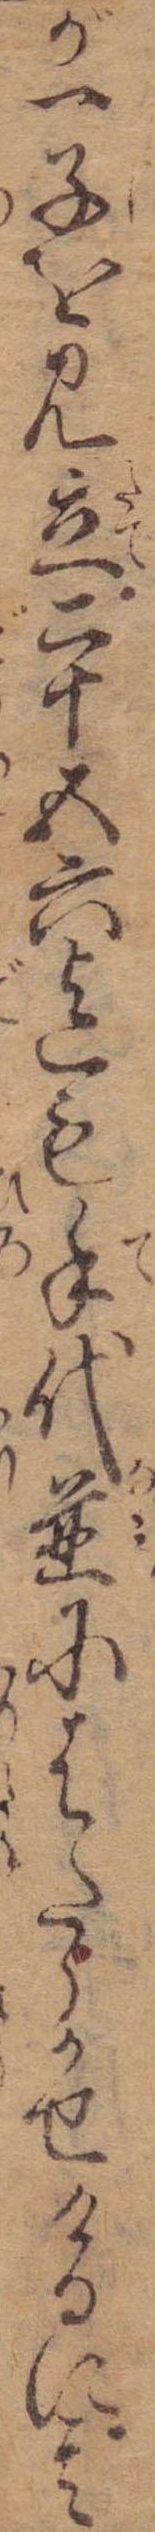
が一子を見立二十五六迄も手代並にはたらかせけるに其